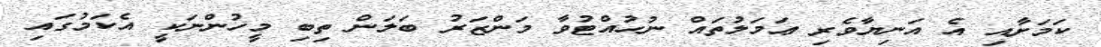
ކަމަށާއި އެ އަނިޔާވެރި ޢަމަލުތައް ނުހުއްޓުވާ މަންޒަރު ބަލަން ތިބި މީހުންނަކީ އެކަމުގައި